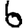
Digit: 6